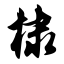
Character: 棣